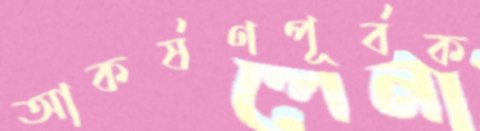
আকর্ষণপূর্বক